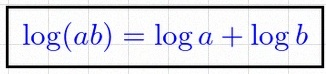
\log(ab)=\log a+\log b